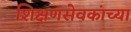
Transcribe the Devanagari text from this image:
शिक्षणसेवकांच्या